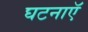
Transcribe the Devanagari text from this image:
घटनाएॅ